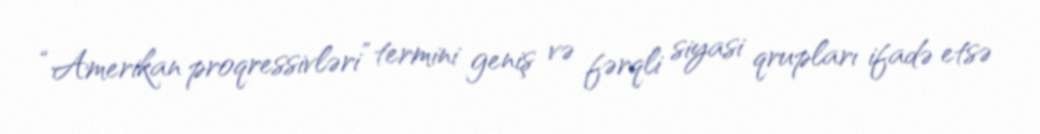
“Amerikan proqressivləri” termini geniş və fərqli siyasi qrupları ifadə etsə